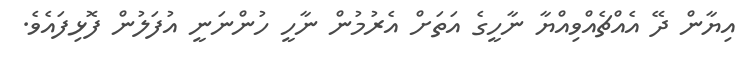
އިޔާން ދޭ އެއްޗެއްވިއްޔާ ނާހީގެ އަތަށް އެރުމުން ނާހީ ހުންނަނީ އުފަލުން ފޮޅިފައެވެ.